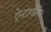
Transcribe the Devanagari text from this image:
ऐन्टागोमिर